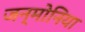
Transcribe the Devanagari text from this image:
जन्मोनिया